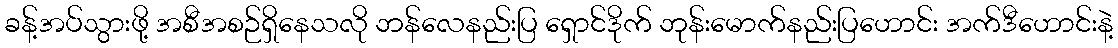
ခန့်အပ်သွားဖို့ အစီအစဉ်ရှိနေသလို ဘန်လေနည်းပြ ရှောင်ဒိုက် ဘုန်းမောက်နည်းပြဟောင်း အက်ဒီဟောင်းနဲ့